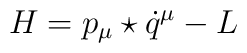
H=p_{\mu}\star \dot{q}^{\mu}-L